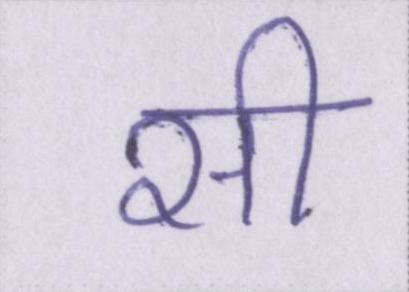
सी